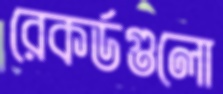
রেকর্ডগুলো